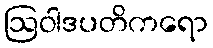
ဩဝါဒပတိကရော